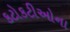
કટોકટીઓના